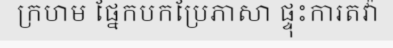
ក្រហម ផ្នែកបកប្រែភាសា ផ្ទុះការតវ៉ា